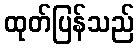
ထုတ်ပြန်သည်